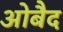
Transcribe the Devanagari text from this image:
ओबैद